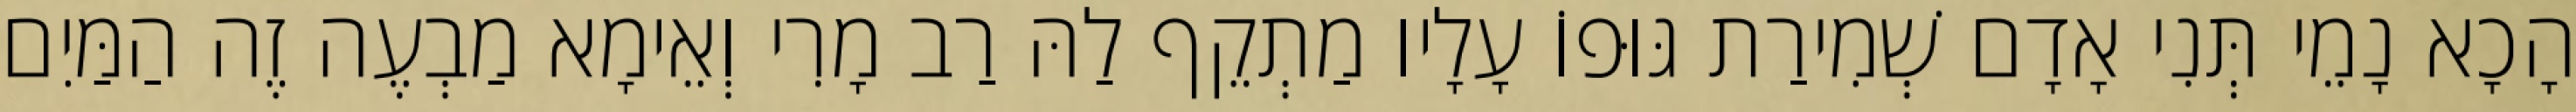
הָכָא נָמֵי תְּנִי אָדָם שְׁמִירַת גּוּפוֹ עָלָיו מַתְקֵף לַהּ רַב מָרִי וְאֵימָא מַבְעֶה זֶה הַמַּיִם